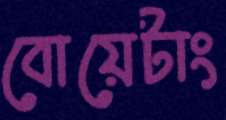
বোয়েটাং